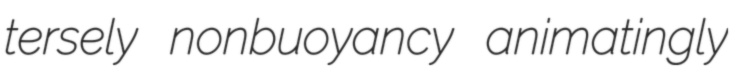
tersely nonbuoyancy animatingly